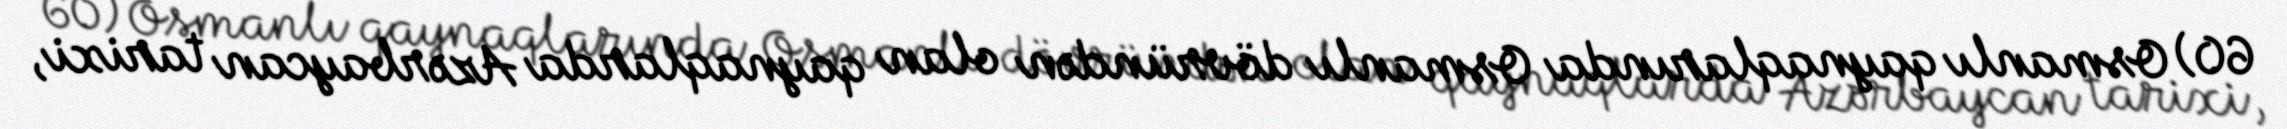
60) Osmanlı qaynaqlarında Osmanlı dövründən olan qaynaqlarda Azərbaycan tarixi,